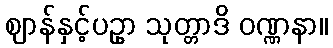
ဈာန်နှင့်ပဥှာ သုတ္တာဒိ ဝဏ္ဏနာ။